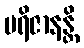
ပရိဇာနန္တိ